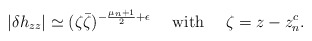
\begin{align*}|\delta h_{zz}| \simeq (\zeta \bar\zeta)^{-\frac{\mu_n+1}{2}+\epsilon}~~~~{\rm with}~~~~\zeta= z-z^c_n.\end{align*}